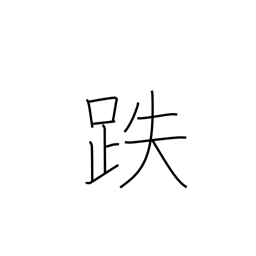
Meaning: stumble